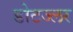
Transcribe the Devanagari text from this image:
डोटज्लर